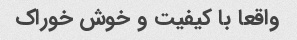
واقعا با کیفیت و خوش خوراک